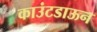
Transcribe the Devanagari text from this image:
काउंटडाऊन